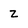
Character: z